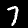
Label: 7